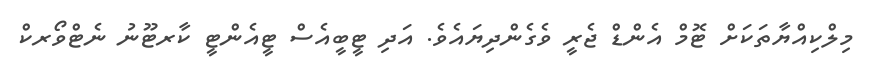
މިލްކިއްޔާތަކަށް ޓޮމް އެންޑް ޖެރީ ވެގެންދިޔައެވެ. އަދި ޓީބީއެސް ޓީއެންޓީ ކާރޓޫނު ނެޓްވޯރކް